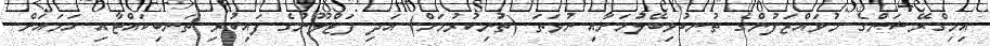
އިމިގްރޭޝަންގެ މުވައްޒަފުންގެ ތުނބުޅިބޭލުމަށާއި ނުވަތަ (ތުނިކުރުމަށް) އަދި ފަޓްލޫނުގެ ފައިކުރި ތަނބިކައްޓާއި ހަމައަށް